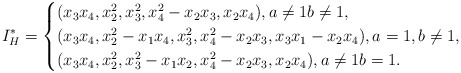
\begin{align*}I_H^*= \begin{cases} (x_3x_4, x_2^2, x_3^2, x_4^2-x_2x_3, x_2x_4), a\neq 1 b\neq 1, \\ (x_3x_4, x_2^2-x_1 x_4, x_3^2, x_4^2-x_2x_3, x_3x_1-x_2x_4), a= 1, b\neq 1, \\ (x_3x_4, x_2^2, x_3^2-x_1x_2, x_4^2-x_2x_3, x_2x_4), a\neq 1 b = 1.\end{cases}\end{align*}